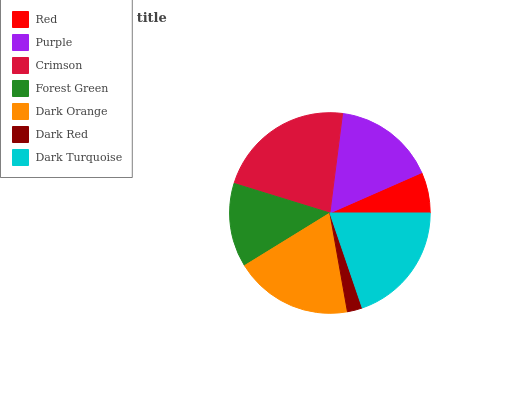
| Red | Purple | Crimson | Forest Green | Dark Orange | Dark Red | Dark Turquoise |
 | --- | --- | --- | --- | --- | --- | --- |
 | 6.59% | 16.4% | 22.3% | 13.6% | 19% | 2.44% | 19.8% |